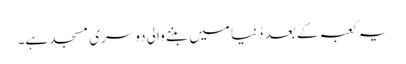
یہ کعبہ کے بعد دُنیا میں بننے والی دوسری مسجد ہے۔